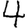
Digit: 4